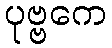
ပုဗ္ဗကေ